Vaccination in Bombay 1856-1862 - 1856-1862
Year: 1856
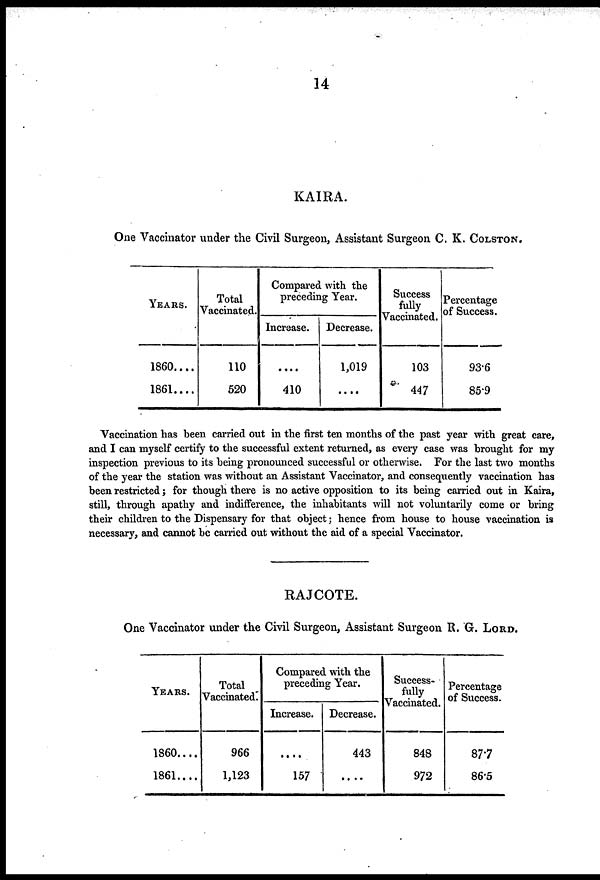
14
KAIRA.
One Vaccinator under the Civil Surgeon, Assistant Surgeon C. K. COLSTON.
YEARS.
1860....
1861....
Total
Vaccinated.
110
520
Compared with the
preceding Year.
Increase.
....
410
Decrease.
1,019
....
Success
fully
Vaccinated.
103
447
Percentage
of Success.
93.6
85.9
Vaccination has been carried out in the first ten months of the past year with great care,
and I can myself certify to the successful extent returned, as every case was brought for my
inspection previous to its being pronounced successful or otherwise. For the last two months
of the year the station was without an Assistant Vaccinator, and consequently vaccination has
been restricted; for though there is no active opposition to its being carried out in Kaira,
still, through apathy and indifference, the inhabitants will not voluntarily come or bring
their children to the Dispensary for that object; hence from house to house vaccination is
necessary, and cannot be carried out without the aid of a special Vaccinator.
RAJCOTE.
One Vaccinator under the Civil Surgeon, Assistant Surgeon R. G. LORD.
YEARS.
1860....
1861....
Total
Vaccinated.
966
1,123
Compared with the
preceding Year.
Increase.
....
157
Decrease.
443
....
Success-
fully
Vaccinated.
848
972
Percentage
of Success.
87.7
86.5